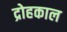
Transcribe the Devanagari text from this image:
द्रोहकाल